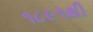
૧૮૯૧થી